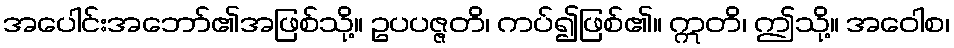
အပေါင်းအဘော်၏အဖြစ်သို့။ ဥပပဇ္ဇတိ၊ ကပ်၍ဖြစ်၏။ ဣတိ၊ ဤသို့။ အဝေါစ၊